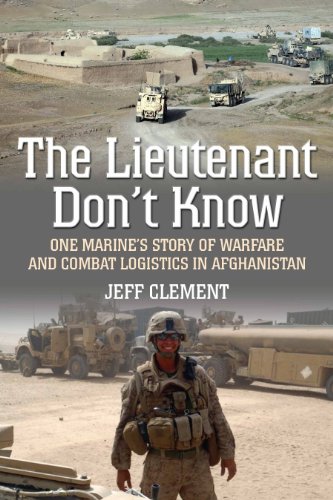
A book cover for The Lieutenant Don't Know: One Marine's Story of Warfare and Combat Logistics in Afghanistan; Jeffrey Clement; History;